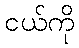
ငယ်ကို